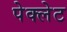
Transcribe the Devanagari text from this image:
पेक्लेट